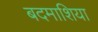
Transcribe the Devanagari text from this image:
बदमाशिया